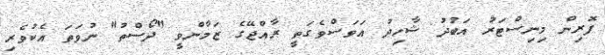
ފޮރިން މިނިސްޓަރު އަބުދު ޝާހިދު އަވަސްވެގަތީ ރާއްޖޭގެ ޒަމާންވީ "ދޯސްތު" ނުވަތަ އެކުވެރި